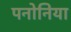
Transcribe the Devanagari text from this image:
पनोनिया